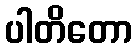
ပါတိတော